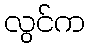
လွင်က